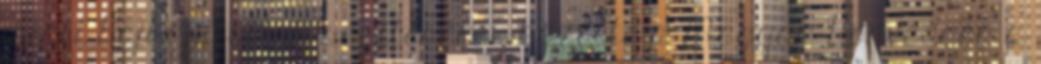
miatt bajbajutottak segítésére - közölte a Magyar Honvédség a